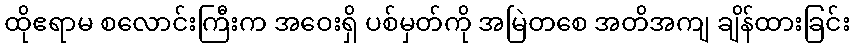
ထိုဧရာမ စလောင်းကြီးက အဝေးရှိ ပစ်မှတ်ကို အမြဲတစေ အတိအကျ ချိန်ထားခြင်း